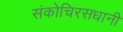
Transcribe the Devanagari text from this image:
संकोचिरसधानी